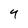
Character: 4